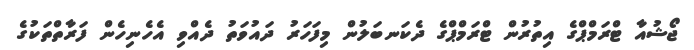
ޖޯޝުއާ ޓްރަމްޕްގެ އިތުރުން ޓްރަމްޕްގެ ދެކަނބަލުން މިފަހަރު ދައުވަތު ދެއްވި އެހެނިހެން ފަރާތްތަކުގެ